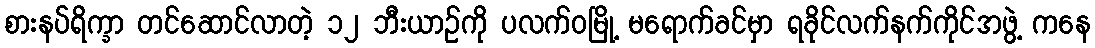
စားနပ်ရိက္ခာ တင်ဆောင်လာတဲ့ ၁၂ ဘီးယာဉ်ကို ပလက်ဝမြို့ မရောက်ခင်မှာ ရခိုင်လက်နက်ကိုင်အဖွဲ့ ကနေ